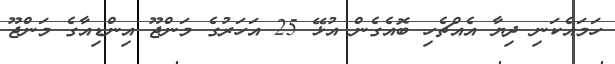
ހަމައެކަނި ދިޔާ އެއްޗެހި ބޮއެގެން އުޅޭ 25 އަހަރުގެ މަންޖޫ އިންޑިއާގެ މަންޖޫ